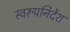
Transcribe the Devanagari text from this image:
स्वरूपनिर्देश